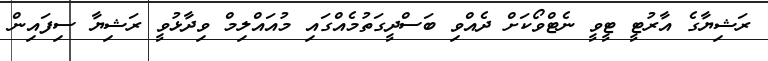
ރަޝިޔާގެ އާރުޓީ ޓީވީ ނެޓްވޯކަށް ދެއްވި ބަސްދީގަތުމެއްގައި މުއައްލިމް ވިދާޅުވީ ރަޝިޔާ ސިފައިން